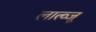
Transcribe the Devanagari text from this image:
लात्व्जू